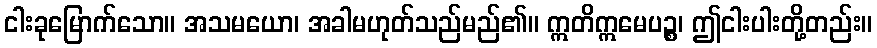
ငါးခုမြောက်သော။ အသမယော၊ အခါမဟုတ်သည်မည်၏။ ဣတိဣမေပဉ္စ၊ ဤငါးပါးတို့တည်း။